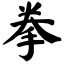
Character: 拳